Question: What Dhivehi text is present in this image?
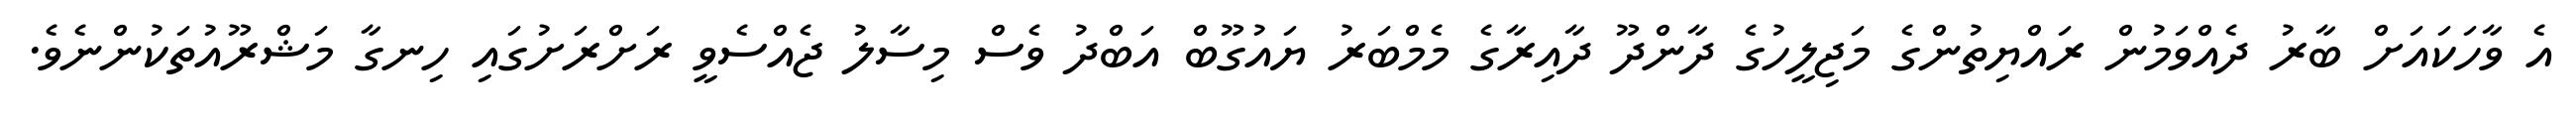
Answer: އެ ވާހަކައަށް ބާރު ދެއްވަމުން ރައްޔިތުންގެ މަޖިލީހުގެ ދާންދޫ ދާއިރާގެ މެމްބަރު ޔައުގޫބް އަބްދު ވެސް މިސާލު ޖެއްސެވީ ރަށްރަށުގައި ހިނގާ މަޝްރޫއުތަކުންނެވެ.